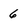
Character: 6